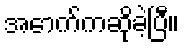
အောက်ကဆိုခဲ့ပြီ။